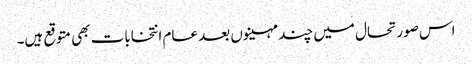
اس صورتحال میں چند مہینوں بعد عام انتخابات بھی متوقع ہیں۔